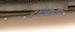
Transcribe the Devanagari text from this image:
ट्रोफ़ियां